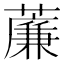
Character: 薕